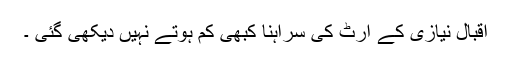
اقبال نیازی کے آرٹ کی سراہنا کبھی کم ہوتے نہیں دیکھی گئی ۔